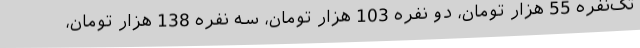
تک‌نفره 55 هزار تومان، دو نفره 103 هزار تومان، سه نفره 138 هزار تومان،